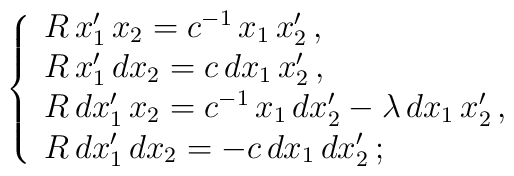
\;\;\;\;\; \left\{\begin{array}{l} R\,x_1'\,x_2=c^{-1}\,x_1\,x_2'\,,  \\ R\,x_1'\,dx_2=c\,dx_1\,x_2'\,,    \\ R\,dx_1'\,x_2=c^{-1}\,x_1\,dx_2'-\lambda\,dx_1\,x_2'\,,  \\ R\,dx_1'\,dx_2=-c\,dx_1\,dx_2'\,; \\\end{array}\right.